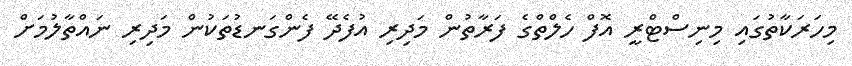
މިހަރަކާތުގައި މިނިސްޓްރީ އޮފް ހެލްތްގެ ފަރާތުން މަދިރި އުފެދޭ ފެންގަނޑުތަކުން މަދިރި ނައްތާލުމަށް